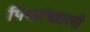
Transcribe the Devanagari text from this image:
पिकांखाली